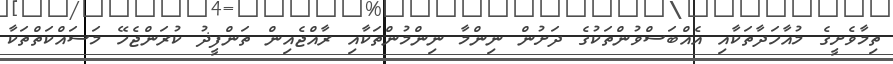
ތިމާވެށީގެ މުއާހަދާތަކާއި އެއްބަސްވުންތަކުގެ ދަށުން ނިންމާ ނިންމުންތަކާއި ރާއްޖެއިން ތަންފީޛު ކުރަންޖެހޭ މަސައްކަތްތަކާ